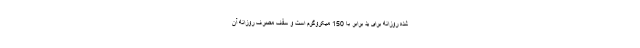
شده روزانه برای ید برابر با 150 میکروگرم است و سقف مصرف روزانه آن